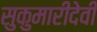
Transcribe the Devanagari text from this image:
सुकुमारीदेवी